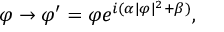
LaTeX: \varphi \rightarrow \varphi ^ { \prime } = \varphi e ^ { i ( \alpha | \varphi | ^ { 2 } + \beta ) } ,